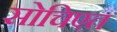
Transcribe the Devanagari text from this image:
सोचिएत